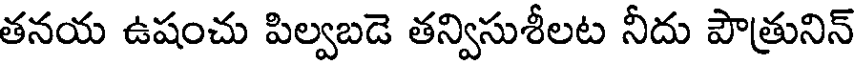
తనయ ఉషంచు పిల్వబడె తన్విసుశీలట నీదు పౌత్రునిన్